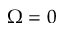
\Omega = 0